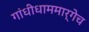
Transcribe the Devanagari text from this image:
गांधीधाममार्गेच